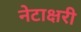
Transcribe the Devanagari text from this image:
नेटाक्षरी